Problem: 36 + 45 = ?
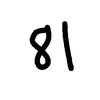
Handwritten answer: 81